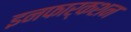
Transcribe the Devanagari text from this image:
इनफार्कशन